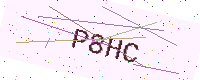
Text: P8HC